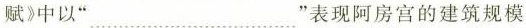
赋》中以”___”表现阿房宫的建筑规模